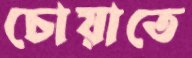
চোয়াতে